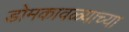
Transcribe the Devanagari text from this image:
डोमकावळ्याच्या